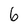
Character: 6